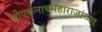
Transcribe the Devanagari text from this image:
श्रीएकनाथमहाराजांच्या